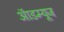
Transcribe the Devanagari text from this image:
ऑडम्यूज